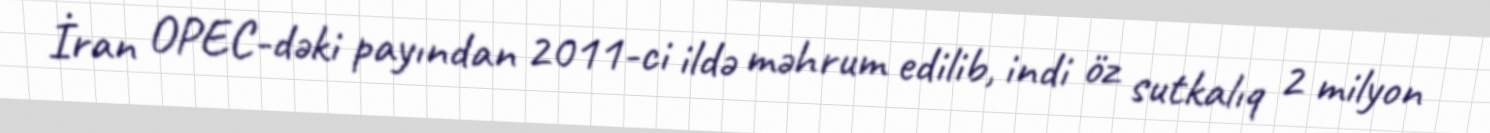
İran OPEC-dəki payından 2011-ci ildə məhrum edilib, indi öz sutkalıq 2 milyon